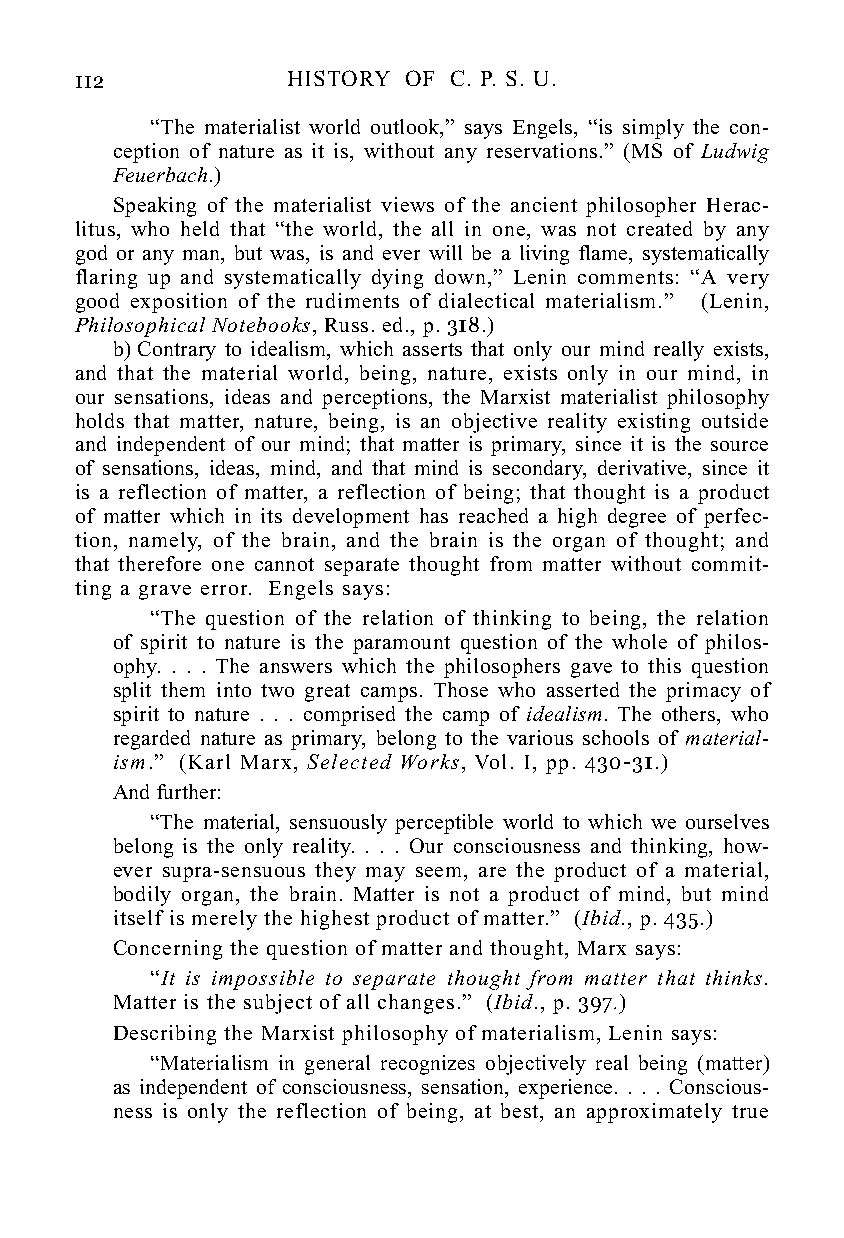
112           HISTORY OF C. P. S. U.
 “The materialist world outlook,” says Engels, “is simply the con-
 ception of nature as it is, without any reservations.” (MS of Ludwig
 Feuerbach.)
 Speaking of the materialist views of the ancient philosopher Herac-
 litus, who held that “the world, the all in one, was not created by any
 god or any man, but was, is and ever will be a living flame, systematically
 flaring up and systematically dying down,” Lenin comments: “A very
 good exposition of the rudiments of dialectical materialism.” (Lenin,
 Philosophical Notebooks, Russ. ed., p. 318.)
 b) Contrary to idealism, which asserts that only our mind really exists,
 and that the material world, being, nature, exists only in our mind, in
 our sensations, ideas and perceptions, the Marxist materialist philosophy
 holds that matter, nature, being, is an objective reality existing outside
 and independent of our mind; that matter is primary, since it is the source
 of sensations, ideas, mind, and that mind is secondary, derivative, since it
 is a reflection of matter, a reflection of being; that thought is a product
 of matter which in its development has reached a high degree of perfec-
 tion, namely, of the brain, and the brain is the organ of thought; and
 that therefore one cannot separate thought from matter without commit-
 ting a grave error. Engels says:
 “The question of the relation of thinking to being, the relation
 of spirit to nature is the paramount question of the whole of philos-
 ophy. . . . The answers which the philosophers gave to this question
 split them into two great camps. Those who asserted the primacy of
 spirit to nature . . . comprised the camp of idealism. The others, who
 regarded nature as primary, belong to the various schools of material-
 ism.” (Karl Marx, Selected Works, Vol. I, pp. 430-31.)
 And further:
 “The material, sensuously perceptible world to which we ourselves
 belong is the only reality. . . . Our consciousness and thinking, how-
 ever supra-sensuous they may seem, are the product of a material,
 bodily organ, the brain. Matter is not a product of mind, but mind
 itself is merely the highest product of matter.” (Ibid., p. 435.)
 Concerning the question of matter and thought, Marx says:
 “It is impossible to separate thought from matter that thinks.
 Matter is the subject of all changes.” (Ibid., p. 397.)
 Describing the Marxist philosophy of materialism, Lenin says:
 “Materialism in general recognizes objectively real being (matter)
 as independent of consciousness, sensation, experience. . . . Conscious-
 ness is only the reflection of being, at best, an approximately true